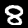
Label: 8